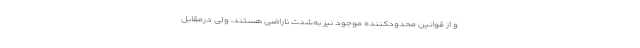
و از قوانین محدودکننده موجود نیز به‌شدت ناراضی هستند، ولی درمقابل